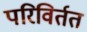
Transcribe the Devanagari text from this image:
परिविर्तत